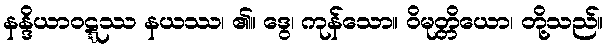
နန္ဒိယာဝဋ္ဋဿ နယဿ၊ ၏။ ဒွေ၊ ကုန်သော။ ဝိမုတ္တိယော၊ တို့သည်။